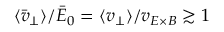
\langle \bar { v } _ { \perp } \rangle / \bar { E } _ { 0 } = \langle v _ { \perp } \rangle / v _ { E \times B } \gtrsim 1